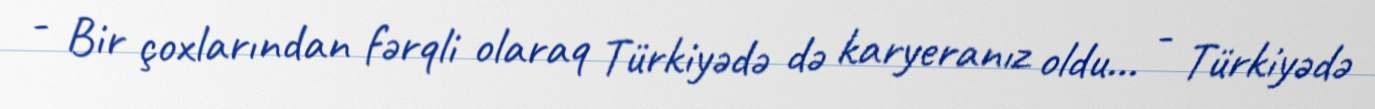
- Bir çoxlarından fərqli olaraq Türkiyədə də karyeranız oldu… - Türkiyədə